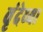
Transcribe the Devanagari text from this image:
वृंदेच्या